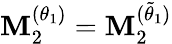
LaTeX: \mathbf{M}_{2}^{(\theta_{1})}=\mathbf{M}_{2}^{(\tilde{{\theta}}_{1})}